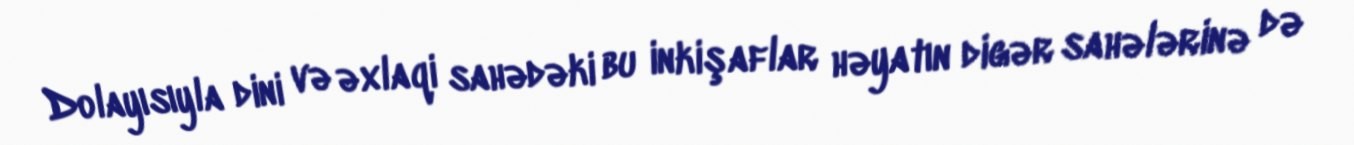
Dolayısıyla dini və əxlaqi sahədəki bu inkişaflar həyatın digər sahələrinə də